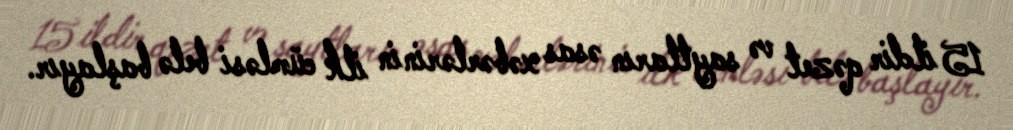
15 ildir qəzet və saytların əsas xəbərlərinin ilk cümləsi belə başlayır.